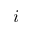
i